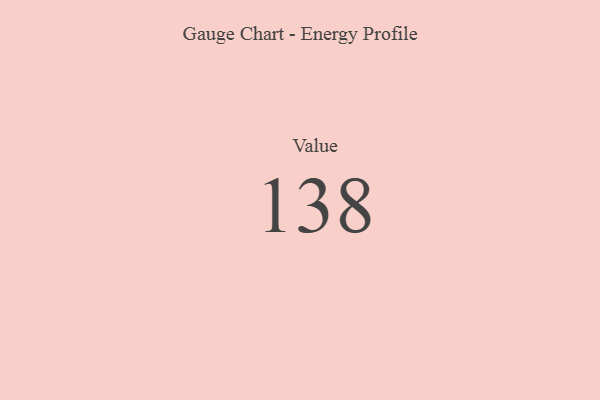
{"axis": {"x": "Metric", "y": "Value"}, "legend": [""], "data": [{"x": "Value", "y": 138, "type": ""}]}